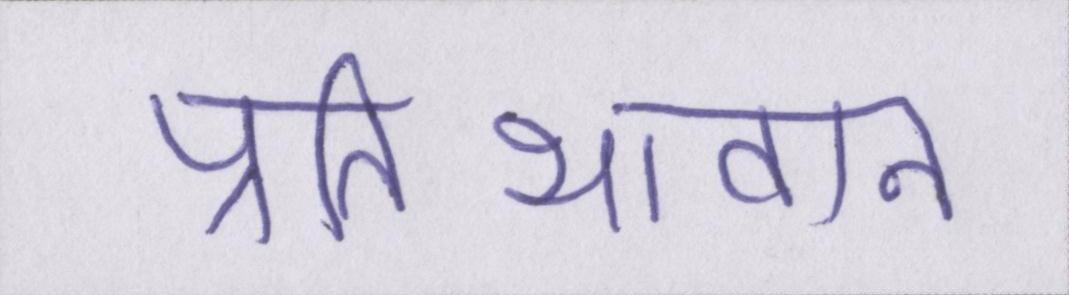
प्रतिभावान